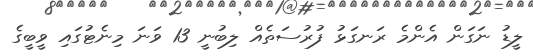
ލީޑު ނަގަން އެންމެ ރަނގަޅު ފުރުސަތެއް ލިބުނީ 13 ވަނަ މިނެޓުގައި ވީބީގެ